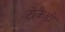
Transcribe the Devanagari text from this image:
टोकैडो